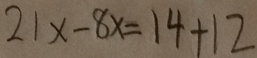
2 1 x - 8 x = 1 4 + 1 2